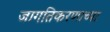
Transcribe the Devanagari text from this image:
जागतिकरणाच्या